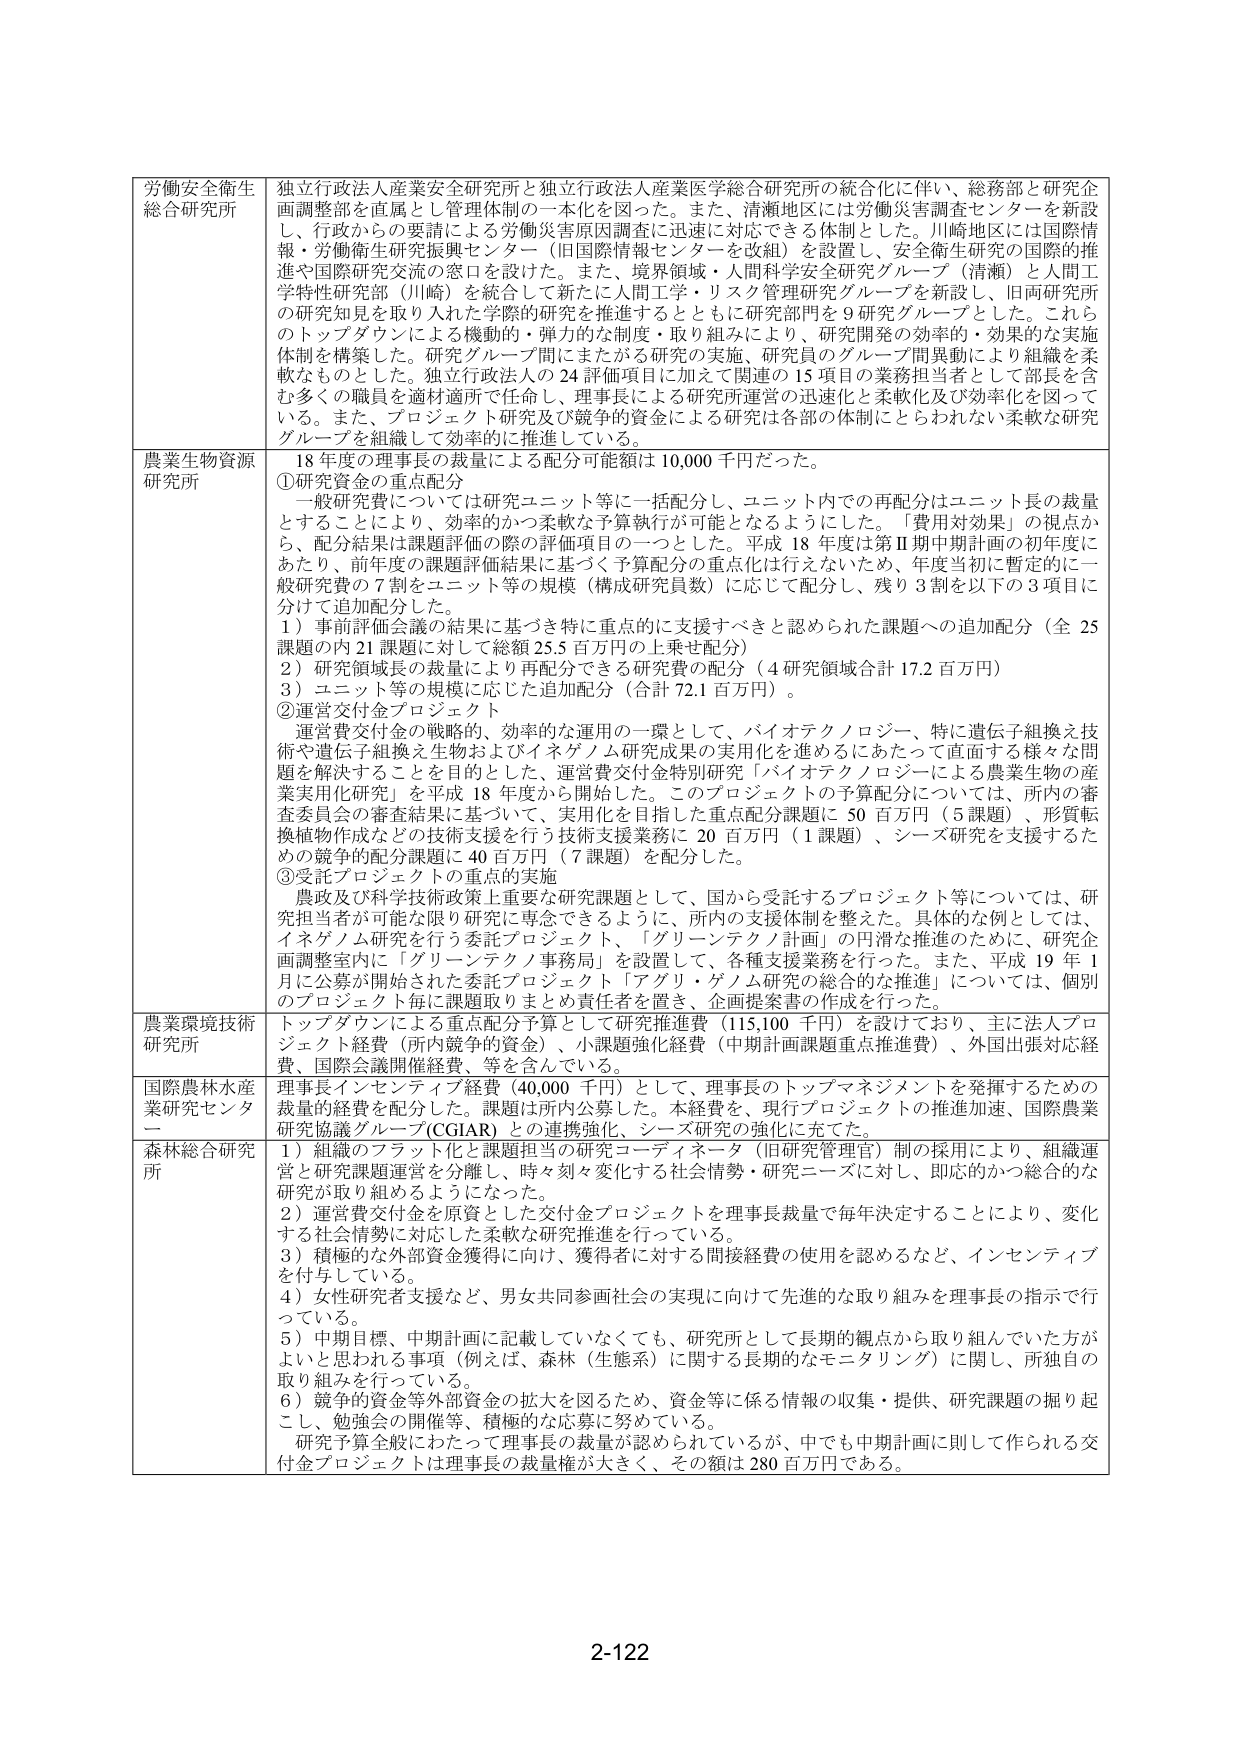
労働安全衛生
総合研究所
独立行政法人産業安全研究所と独立行政法人産業医学総合研究所の統合化に伴い、総務部と研究企画調整部を直属とし管理体制の一本化を図った。また、清瀬地区には労働災害調査センターを新設し、行政からの要請による労働災害原因調査に迅速に対応できる体制とした。川崎地区には国際情報・労働衛生研究振興センター（旧国際情報センターを改組）を設置し、安全衛生研究の国際的推進や国際研究交流の窓口を設けた。また、境界領域・人間科学安全研究グループ（清瀬）と人間工学特性研究部（川崎）を統合して新たに人間工学・リスク管理研究グループを新設し、旧両研究所の研究知見を取り入れた学際的研究を推進するとともに研究部門を９研究グループとした。これらのトップダウンによる機動的・弾力的な制度・取り組みにより、研究開発の効率的・効果的な実施体制を構築した。研究グループ間における研究の実施、研究員のグループ間異動により組織を柔軟なものとした。独立行政法人の24評価項目に加えて関連の15項目の業務担当者として部長を含む多くの職員を適材適所で任命し、理事長による研究所運営の迅速化と柔軟化及び効率化を図っている。また、プロジェクト研究及び競争的資金による研究は各部の体制にとらわれない柔軟な研究グループを組織して効率的に推進している。

農業生物資源
研究所
18年度の理事長の裁量による配分可能額は10,000千円だった。
①研究資金の重点配分
　一般研究費については研究ユニット等に一括配分し、ユニット内での再配分はユニット長の裁量とすることにより、効率的かつ柔軟な予算執行が可能となるようにした。「費用対効果」の視点から、配分結果は課題評価の際の評価項目の一つとした。平成18年度は第Ⅱ期中期計画の初年度にあたり、前年度の課題評価結果に基づく予算配分の重点化は行えないため、年度当初に暫定的に一般研究費の7割をユニット等の規模（構成研究員数）に応じて配分し、残り3割を以下の3項目に分けて追加配分した。
　1）事前評価会議の結果に基づき特に重点的に支援すべきと認められた課題への追加配分（全25課題の内21課題に対して総額25.5百万円の上乗せ配分）
　2）研究領域長の裁量により再配分できる研究費の配分（4研究領域合計17.2百万円）
　3）ユニット等の規模に応じた追加配分（合計72.1百万円）。
②運営交付金プロジェクト
　運営費交付金の戦略的、効率的な運用の一環として、バイオテクノロジー、特に遺伝子組換え技術や遺伝子組換え生物およびイネゲノム研究成果の実用化を進めるにあたって直面する様々な問題を解決することを目的とした、運営費交付金特別研究「バイオテクノロジーによる農業生物の産業実用化研究」を平成18年度から開始した。このプロジェクトの予算配分については、所内の審査委員会の審査結果に基づいて、実用化を目指した重点配分課題に50百万円（5課題）、形質転換植物作成などの技術支援を行う技術支援業務に20百万円（1課題）、シーズ研究を支援するための競争的配分課題に40百万円（7課題）を配分した。
③受託プロジェクトの重点的実施
　農政及び科学技術政策上重要な研究課題としては、国から受託するプロジェクト等については、研究担当者が可能な限り研究に専念できるように、所内の支援体制を整えた。具体的な例としては、イネゲノム研究を行う委託プロジェクト、「グリーンテクノ計画」の円滑な推進のために、研究企画調整室内に「グリーンテクノ事務局」を設置して、各種支援業務を行った。また、平成19年1月に公募が開始された委託プロジェクト「アグリ・ゲノム研究の総合的な推進」については、個別のプロジェクト毎に課題取りまとめ責任者を置き、企画提案書の作成を行った。

農業環境技術
研究所
トップダウンによる重点配分予算として研究推進費（115,100千円）を設けており、主に法人プロジェクト経費（所内競争的資金）、小課題強化経費（中期計画課題重点推進費）、外国出張対応経費、国際会議開催経費、等を含んでいる。

国際農林水産
業研究センター
理事長インセンティブ経費（40,000千円）として、理事長のトップマネジメントを発揮するための裁量的経費を配分した。課題は所内公募した。本経費を、現行プロジェクトの推進加速、国際農業研究協議グループ（CGIAR）との連携強化、シーズ研究の強化に充てた。

森林総合研究
所
1）組織のフラット化と課題担当の研究コーディネータ（旧研究管理官）制の採用により、組織運営と研究課題運営を分離し、時々刻々変化する社会情勢・研究ニーズに対し、即応的かつ総合的な研究が取り組めるようになった。
2）運営費交付金を原資とした交付金プロジェクトを理事長裁量で毎年決定することにより、変化する社会情勢に対応した柔軟な研究推進を行っている。
3）積極的な外部資金獲得に向け、獲得者に対する間接経費の使用を認めるなど、インセンティブを付与している。
4）女性研究者支援など、男女共同参画社会の実現に向けて先進的な取り組みを理事長の指示で行っている。
5）中期目標、中期計画に記載していなくても、研究所として長期的観点から取り組んでいた方がよいと思われる事項（例えば、森林（生態系）に関する長期的なモニタリング）に関し、所独自の取り組みを行っている。
6）競争的資金等外部資金の拡大を図るため、資金等に係る情報の収集・提供、研究課題の掘り起こし、勉強会の開催等、積極的な応募に努めている。
　研究予算全般にわたって理事長の裁量が認められているが、中でも中期計画に則して作られる交付金プロジェクトは理事長の裁量権が大きく、その額は280百万円である。

2-122